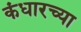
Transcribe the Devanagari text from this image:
कंधारच्या